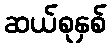
ဆယ်စုနှစ်